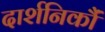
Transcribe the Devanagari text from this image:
दार्शनिकौं